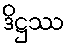
ဒိဋ္ဌဿ